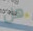
هل